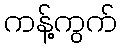
ကန့်ကွက်